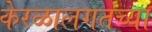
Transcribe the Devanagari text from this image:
केरळालगतच्या